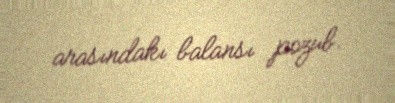
arasındakı balansı pozub.